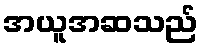
အယူအဆသည်